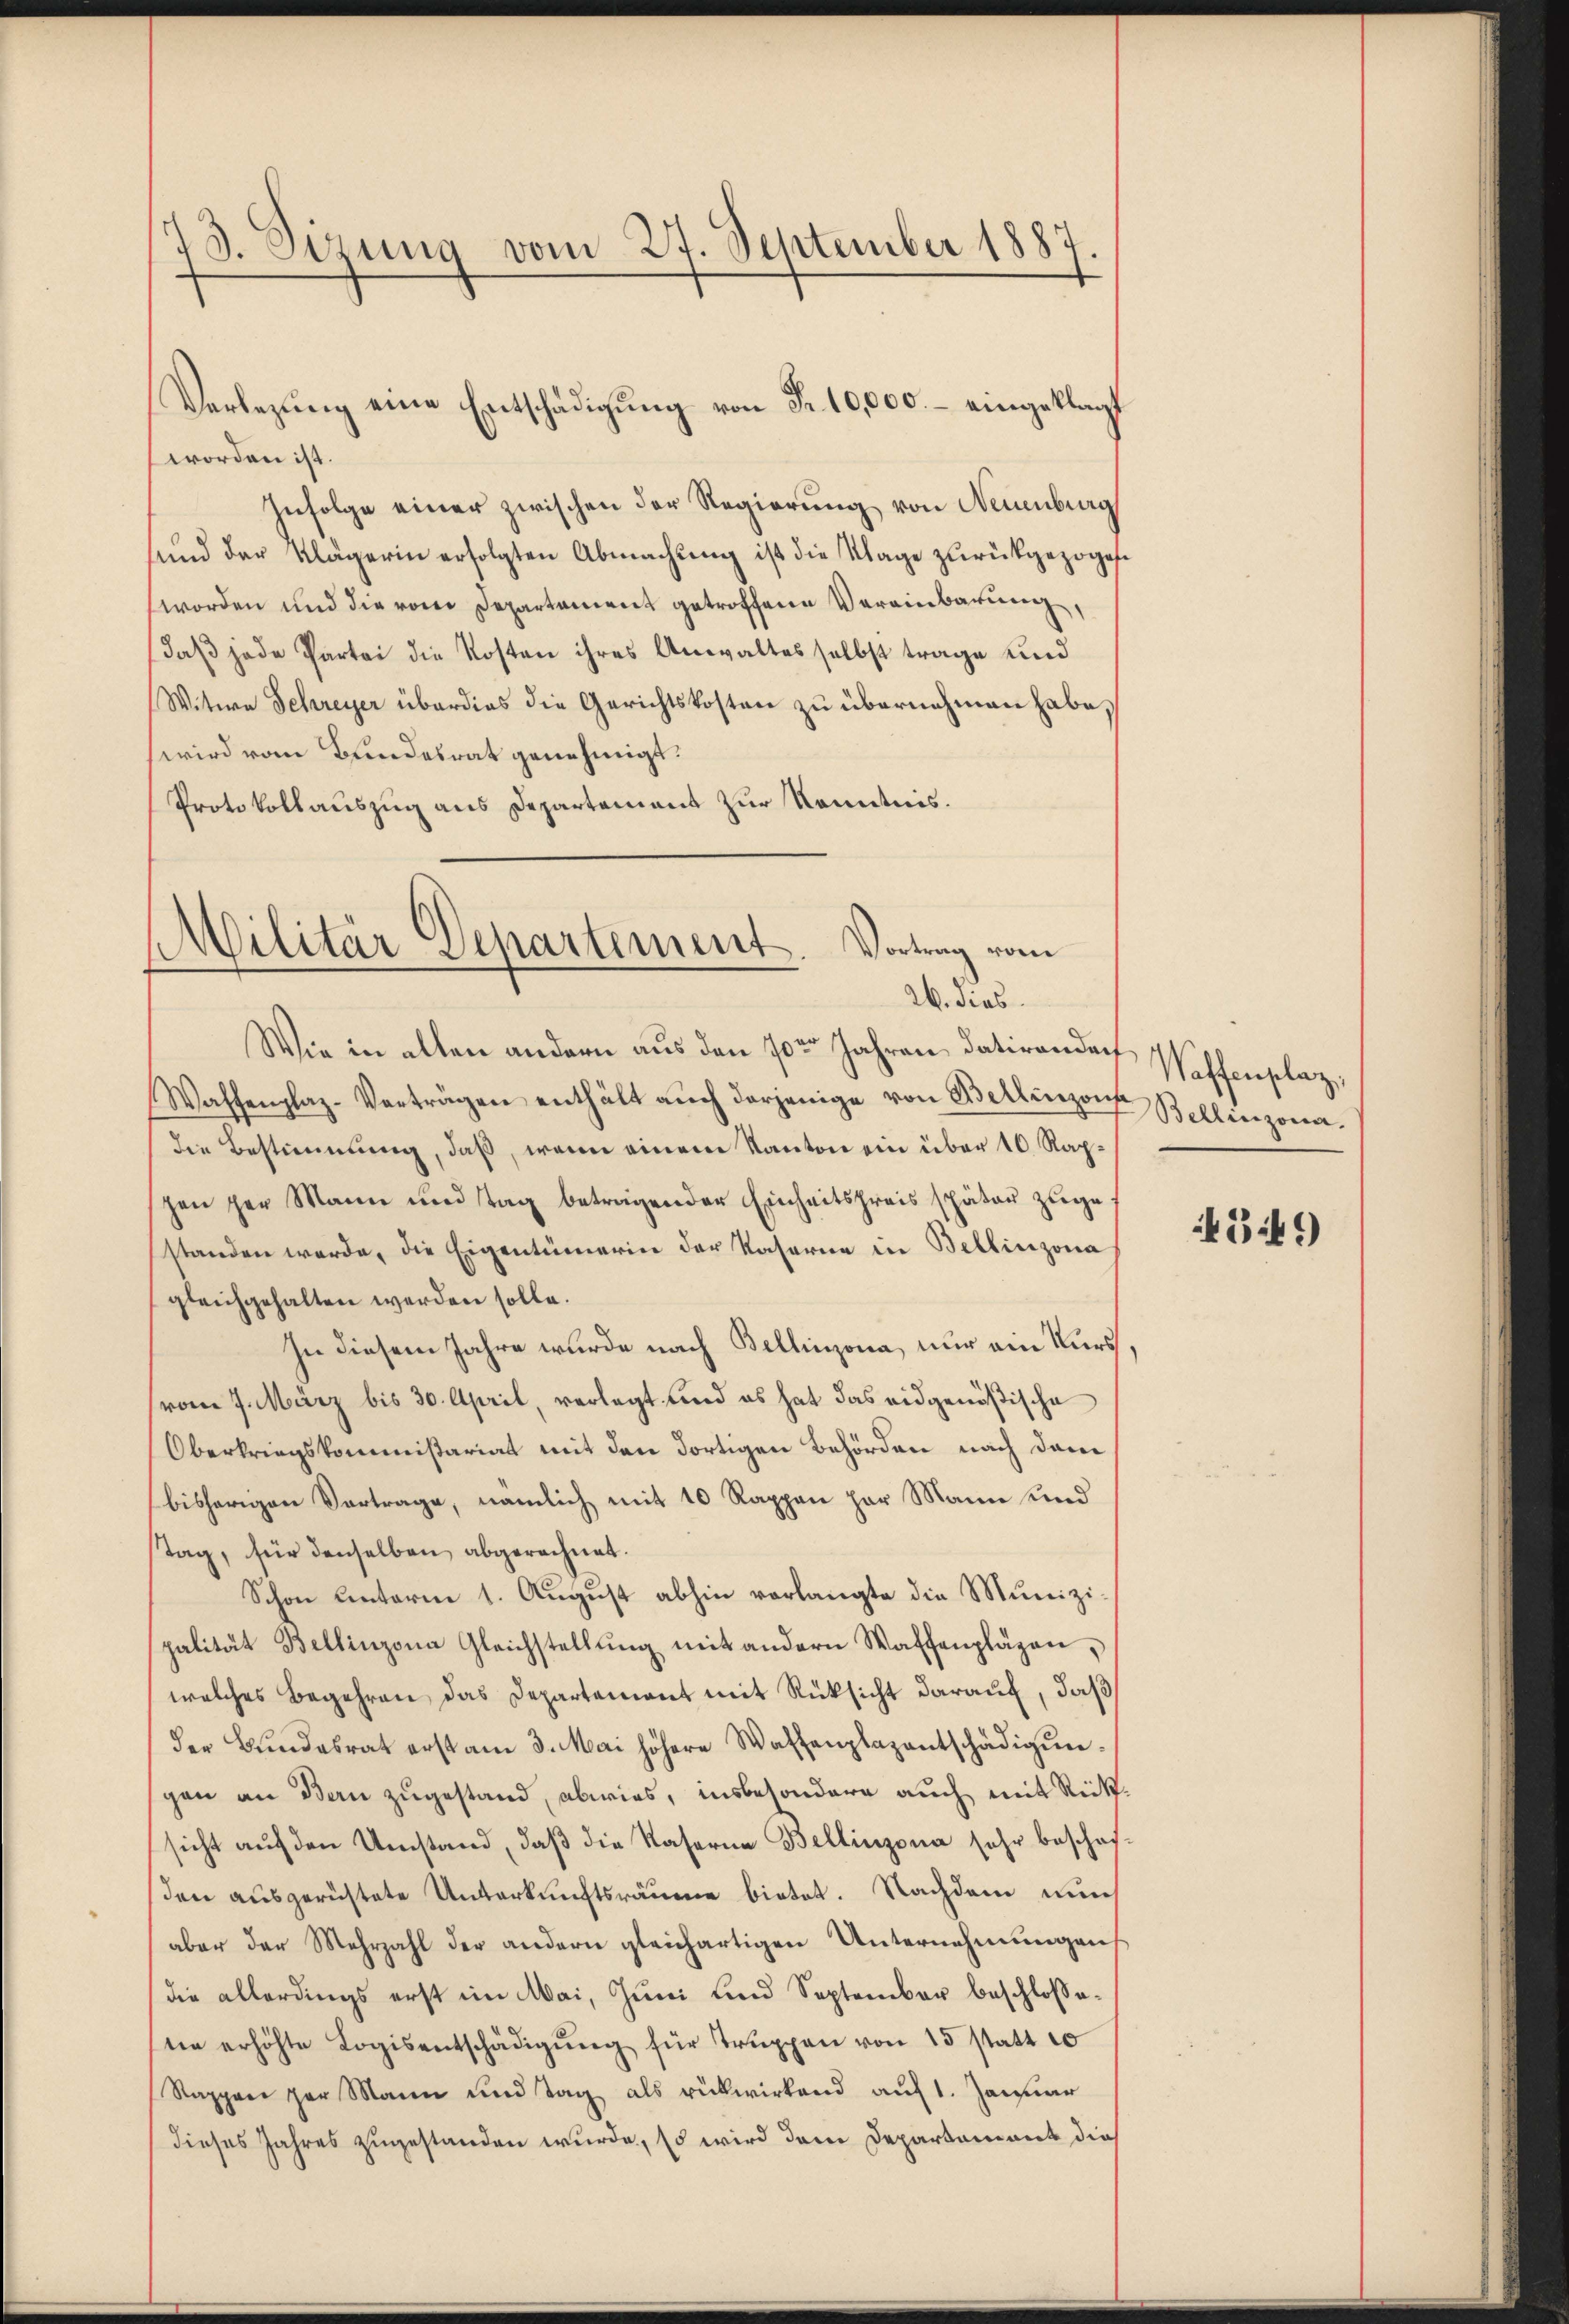
73. Sizung vom 27. September 1887

worden ist.
Infolge einer zwischen der Regierung von Neuenburg
sund der Klägerin erfolgten Abmachŭng ist die Klage zŭrückgezoge
worden und die vom Departament getroffene Vereinbarung,
daß jede Partei die Kosten ihres Anwaltes selbst trage und
Witwe Schreyer überdies die Gerichtskosten zu übernehmen habe,
wird vom Bundesrat genehmigt.
Protokollauszug aus Departement zur Kenntnis.

Vorlegung eine Entschädigung von Fr. 10,000.- eingeklagt

Militär Separtement. Vortrag vom
26. dies
Wie in allen andern aus den 10ten Jahren, datirenden Waffenplaz,

Waffenplaz-Verträgen enthält aŭch derjenige von Bellinzon Bellinzona.
die Bestimmung, daß, wenn einem Kanton ein über 10. Rapspen per Mann und Tag betragender Einheitspreis später zugestanden werde, die Eigentümerin der Kaserne in Bellinzona
gleichgehalten werden solle.
In diesem Jahre wurde nach Bellinzona, nur ein Kurs,
(vom 7. März bis 30. April, verlegt und es hat das eidgenößische
Oberkriegskommißariat mit den dortigen Behörden nach dem
bisherigen Vortrage, nämlich mit 10 Rappen her Mann und
stag, für denselben abgerechnet.
Schon Unterm 1. August abhin vorlangte die Munizipalität Bellinzona Gleichstellung mit andern Waffenplägen,
welches Begehren das Departement mit Rücksicht darauf, daß
der Bundesrat erst am 3. Mai höhere Waffenplazentschädigungen an den zugestand, abwies, insbesondere auch mit Rücksicht auf den Umstand, daß die Kaserne Bellinzona sehr beschafden ausgerüstete Unterkunftsräume bietet. Nachdem nun
aber der Mehrzahl der andern gleichartigen Unternehmungen
die allerdings erst im Mai, Juni und September beschlossene erhöhte Logis entschädigŭng für Truppen von 15 statt 10
Rappen par Mann und Tag als rückwirkend auf 1. Januar
dieses Jahres zugestanden wurde, so wird dem Departement dies

349